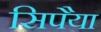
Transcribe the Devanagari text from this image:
सिपैया